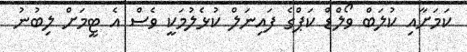
ކަމަށާއި ކުލަބް ވޯލްޑް ކަޕްގެ ފައިނަލް ކުޅެލުމަކީ ވެސް އެ ޓީމަށް ލިބުނު